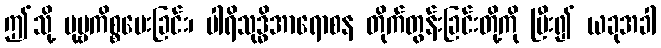
ဤသို့ ပုဗ္ဗကိစ္စမေးခြင်း၊ ပါရိသုဒ္ဓိအာရောစန တိုက်တွန်းခြင်းတို့ကို ပြီး၍ ယခုအခါ